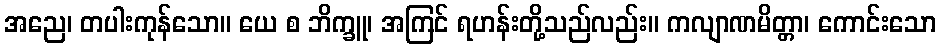
အညေ၊ တပါးကုန်သော။ ယေ စ ဘိက္ခူ၊ အကြင် ရဟန်းတို့သည်လည်း။ ကလျာဏမိတ္တာ၊ ကောင်းသော